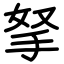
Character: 拏